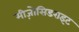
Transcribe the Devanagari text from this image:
मीज़ोसिडराइट